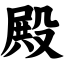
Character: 殿